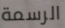
الرسمة